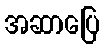
အဆာပြေ